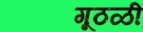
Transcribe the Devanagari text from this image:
गूठळी